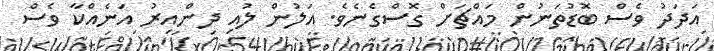
އަދަދު ވެސް ބޮޑުތަނުން މައްޗަށް ގޮސްގެނެވެ. އަލުން ލުއި ދިންއިރު އަނެއްކާ ވެސް